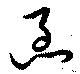
急